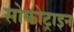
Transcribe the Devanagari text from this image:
सोकोट्राइन